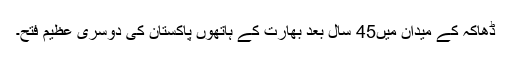
ڈھاکہ کے میدان میں45 سال بعد بھارت کے ہاتھوں پاکستان کی دوسری عظیم فتح۔